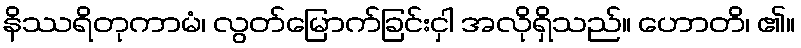
နိဿရိတုကာမံ၊ လွတ်မြောက်ခြင်းငှါ အလိုရှိသည်။ ဟောတိ၊ ၏။